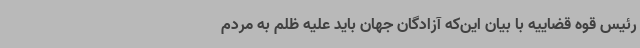
رئیس قوه قضاییه با بیان این‌که آزادگان جهان باید علیه ظلم به مردم